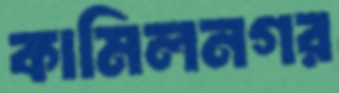
কামিলনগর